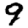
Digit: 9